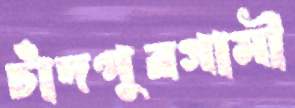
চাঁদপুরগামী